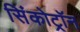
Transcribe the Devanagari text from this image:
सिंकोट्रॉन